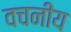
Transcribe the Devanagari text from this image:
वचनीय